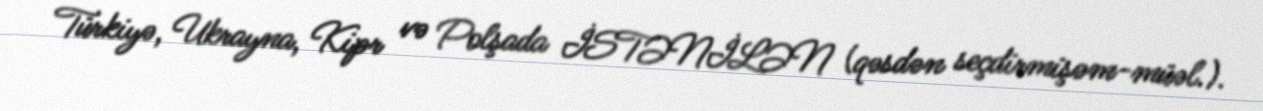
Türkiyə, Ukrayna, Kipr və Polşada İSTƏNİLƏN (qəsdən seçdirmişəm-müəl.).